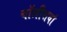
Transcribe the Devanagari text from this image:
चॉलीसवां